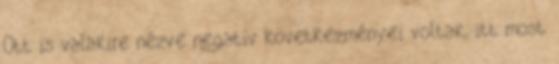
Ott is valakire nézve negatív következményei voltak, itt most